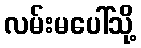
လမ်းမပေါ်သို့